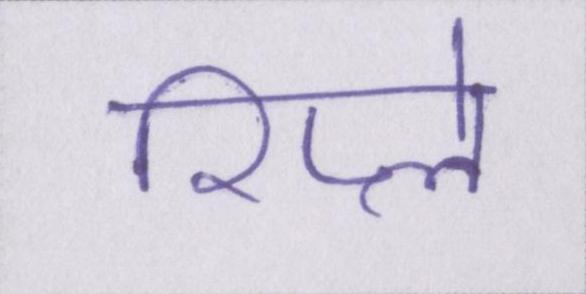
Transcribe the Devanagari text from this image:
रिप्ले